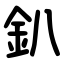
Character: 釟